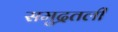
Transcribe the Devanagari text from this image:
समुद्रतली